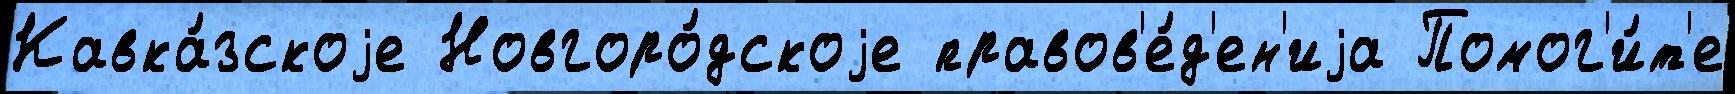
Кавка́зскоjе Новгоро́дскоjе правов'е́д'ен'иjа Помог'и́т'е